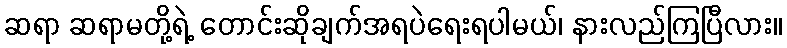
ဆရာ ဆရာမတို့ရဲ့ တောင်းဆိုချက်အရပဲရေးရပါမယ်၊ နားလည်ကြပြီလား။